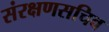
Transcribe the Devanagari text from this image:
संरक्षणसचिव